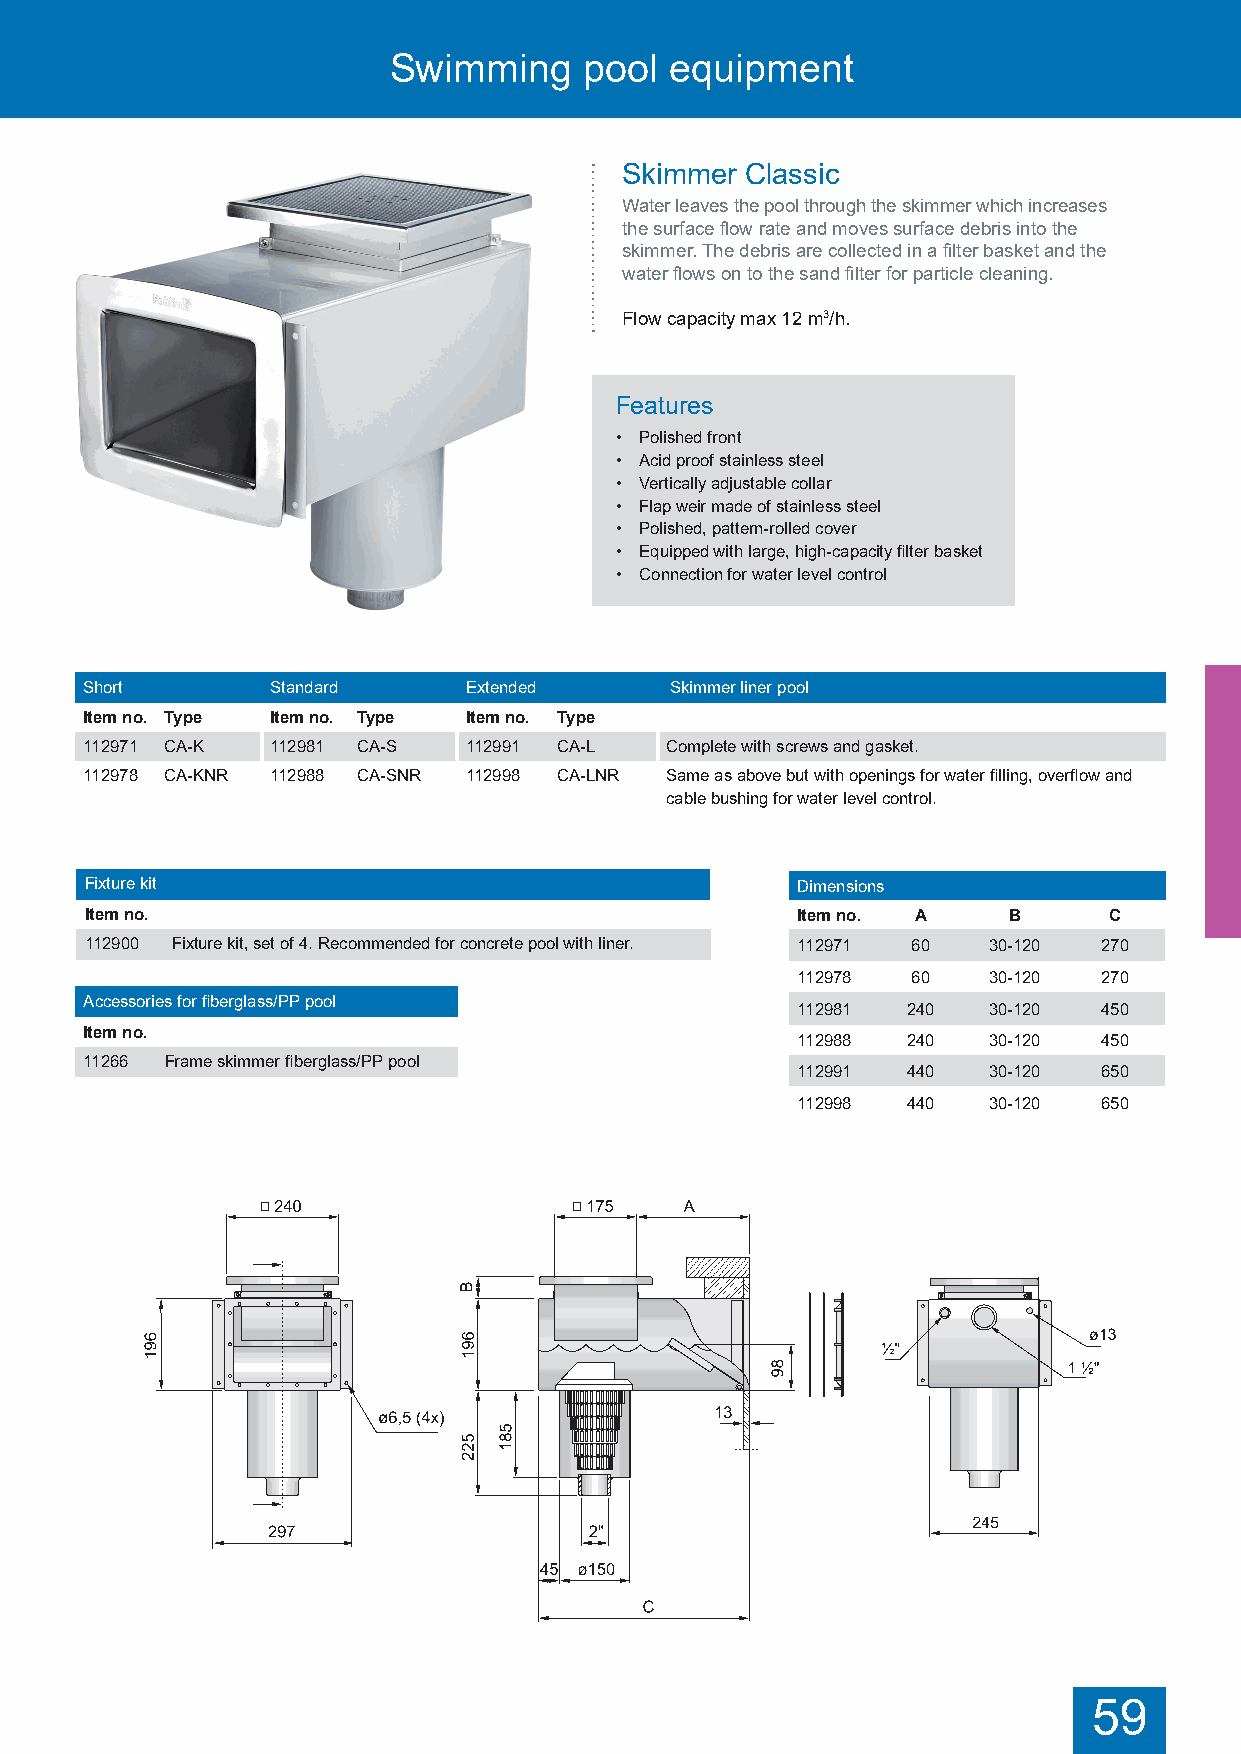
Swimming     pool equipment
 Skimmer Classic
 Water leaves the pool through the skimmer which increases
 the surface flow rate and moves surface debris into the
 skimmer. The debris are collected in a filter basket and the
 water flows on to the sand filter for particle cleaning.
 Flow capacity max 12 m3/h.
 Features
 • Polished front
 • Acid proof stainless steel
 • Vertically adjustable collar
 • Flap weir made of stainless steel
 • Polished, pattern-rolled cover
 • Equipped with large, high-capacity filter basket
 • Connection for water level control
 Short       Standard     Extended     Skimmer liner pool
 Item no. Type Item no. Type Item no. Type
 112971 CA-K 112981 CA-S  112991 CA-L  Complete with screws and gasket.
 112978 CA-KNR 112988 CA-SNR 112998 CA-LNR Same as above but with openings for water filling, overflow and
 cable bushing for water level control.
 Accessories for fiberglass/PP pool Fixture kit       Dimensions
 Item no. Item no.                                    Item no. A    B     C
 15530104 Screw kit, bracket Marine skimmer, fiberglass/PP pool. 112900 Fixture kit, set of 4. Recommended for concrete pool with liner. 112971 60 30-120 270
 112978 60   30-120  270
 Accessories for fiberglass/PP pool
 112981 240  30-120  450
 Item no.
 112988 240  30-120  450
 11266 Frame skimmer fiberglass/PP pool
 112991 440  30-120  650
 112998 440  30-120  650
 59